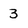
Character: 3